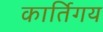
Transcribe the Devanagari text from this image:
कार्तिगय